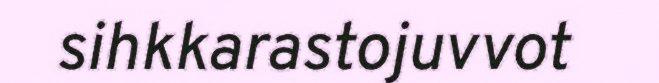
sihkkarastojuvvot